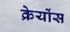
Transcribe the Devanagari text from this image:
क्रेयोंस